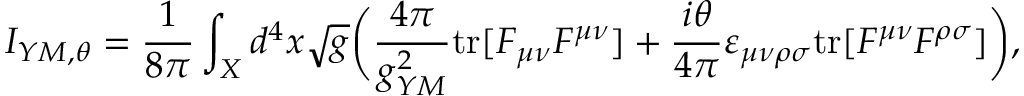
I _ { Y M , \theta } = { \frac { 1 } { 8 \pi } } \int _ { X } d ^ { 4 } x \sqrt { g } \bigg ( { \frac { 4 \pi } { g _ { Y M } ^ { 2 } } } \mathrm { t r } [ F _ { \mu \nu } F ^ { \mu \nu } ] + { \frac { i \theta } { 4 \pi } } \varepsilon _ { \mu \nu \rho \sigma } \mathrm { t r } [ F ^ { \mu \nu } F ^ { \rho \sigma } ] \bigg ) ,